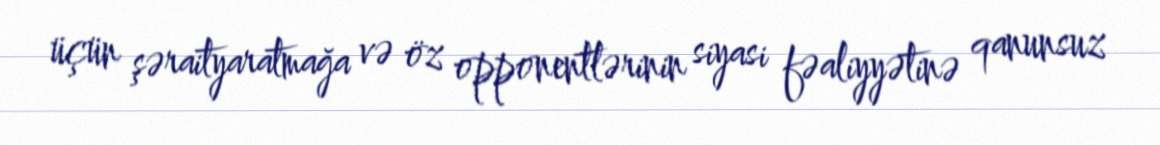
üçün şəraityaratmağa və öz opponentlərinin siyasi fəaliyyətinə qanunsuz